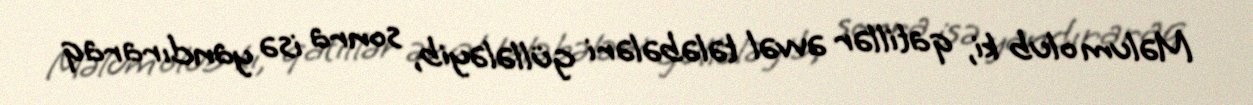
Məlum olub ki, qatillər əvvəl tələbələri güllələyib, sonra isə yandıraraq